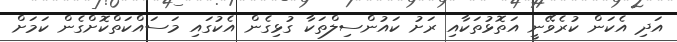
އަދި އެކަން ކުރެވޭނީ އަތޮޅުތަކާއި ރަށު ކައުންސިލްތަކާ ގުޅިގެން އެކުގައި މަސައްކަތްކޮށްގެން ކަމަށް